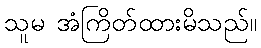
သူမ အံကြိတ်ထားမိသည်။